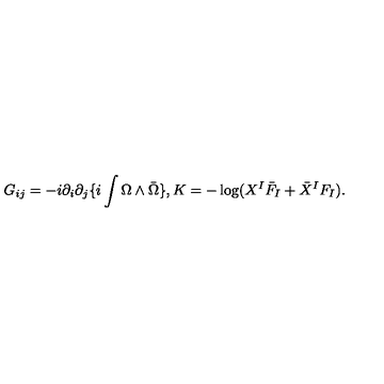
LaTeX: G _ { i j } = - i \partial _ { i } \partial _ { j } \{ i \int \Omega \wedge { \bar { \Omega } } \} , K = - \log ( X ^ { I } { \bar { F } } _ { I } + { \bar { X } } ^ { I } F _ { I } ) .